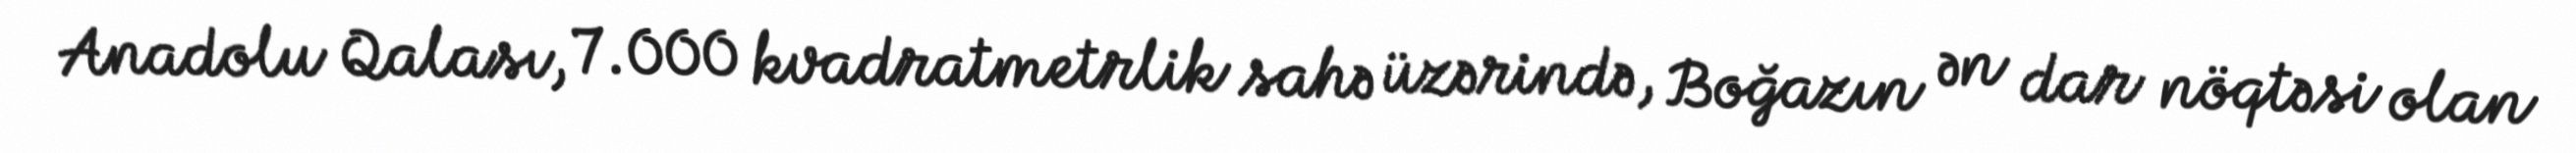
Anadolu Qalası, 7.000 kvadratmetrlik sahə üzərində, Boğazın ən dar nöqtəsi olan